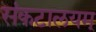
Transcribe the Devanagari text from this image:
संकटालयम्